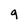
Character: q